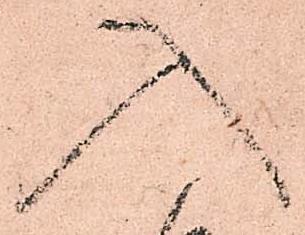
入